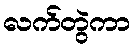
လက်တွဲကာ